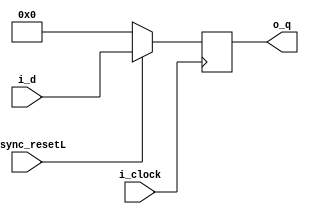
module flip_flop_sync_reset #(
    parameter WIDTH=8
)(
    input                  i_clock,
    input                  i_sync_resetL,
    input      [WIDTH-1:0] i_d,
    output reg [WIDTH-1:0] o_q
);
    always @(posedge i_clock) begin
        if (~i_sync_resetL) o_q <= 0;
        else o_q <= i_d;
    end
endmodule